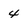
Character: 4